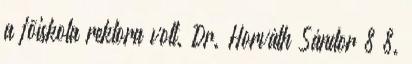
a fõiskola rektora volt. Dr. Horváth Sándor 8 8.